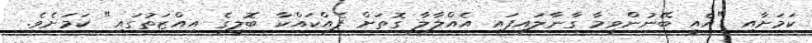
ކަމަށާއި "އެއީ ބޭނުންވީމާ ގާނާލައިފައި އެއްލާލާ ގޮތަށް ފެއްކައްކާ ބޮލީގެ އިއްޒަތުގައި" ކަމަށެވެ.